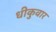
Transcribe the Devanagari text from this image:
धीकुवार